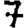
Digit: 7